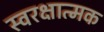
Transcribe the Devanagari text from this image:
स्वरक्षात्मक